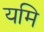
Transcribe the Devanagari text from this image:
यमि